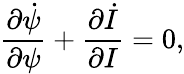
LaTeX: \frac{\partial\dot{\psi}}{\partial\psi}+\frac{\partial\dot{I}}{\partial I}=0,